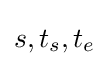
s,t_{s},t_{e}